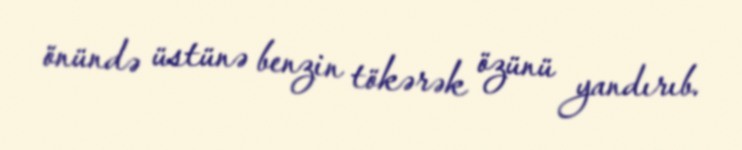
önündə üstünə benzin tökərək özünü yandırıb.